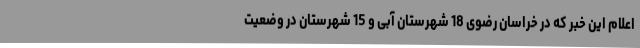
اعلام این خبر که در خراسان رضوی 18 شهرستان آبی و 15 شهرستان در وضعیت